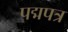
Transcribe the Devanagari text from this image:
पद्मपत्र